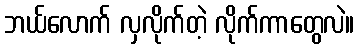
ဘယ်လောက် လှလိုက်တဲ့ လိုက်ကာတွေလဲ။